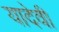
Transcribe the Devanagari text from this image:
यादेवी